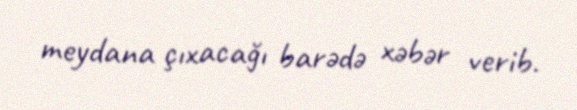
meydana çıxacağı barədə xəbər verib.